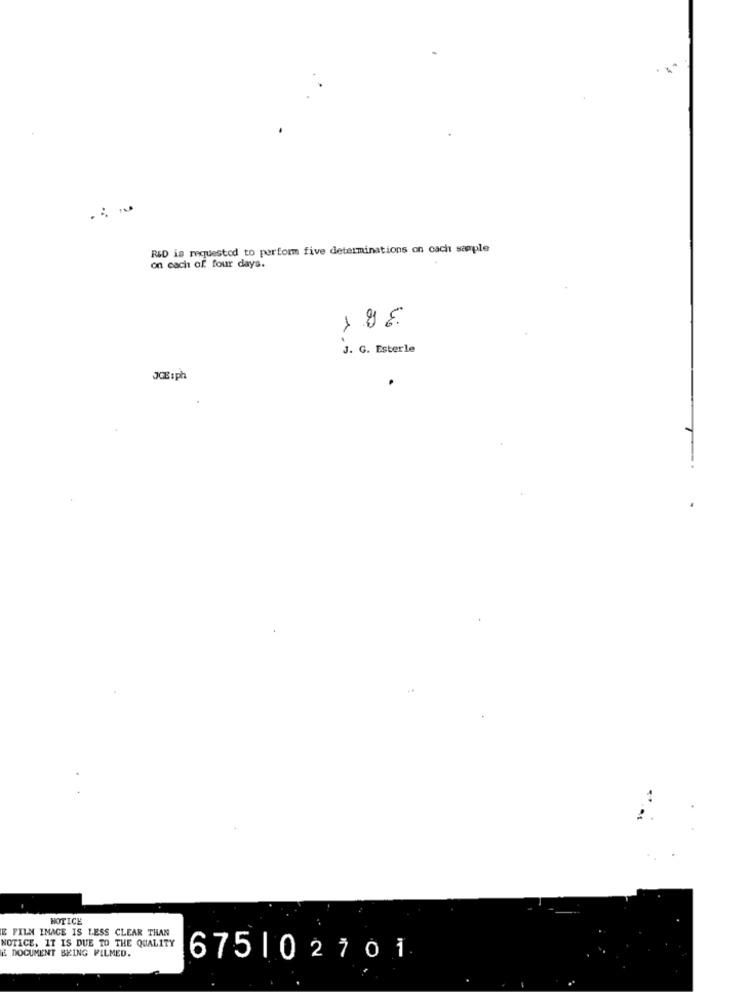
R&D is requested to perform five determinations on cach sample
on each of four days.
J. G. Esterle
JCE1ph
NOTICE
E FILM IMAGE IS LESS CLEAR THAN
NOTICE. IT IS DUE TO THE QUALITY
E DOCUMENT BEING FILMED.
675|02701